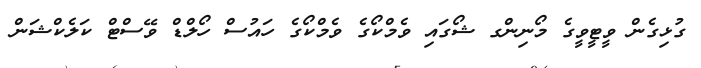
ގުޅިގެން ވީޓީވީގެ މޯނިންގ ޝޯގައި ވެމްކޯގެ ވެމްކޯގެ ހައުސް ހޯލްޑް ވޭސްޓް ކަލެކްޝަން